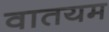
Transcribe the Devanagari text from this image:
वातयम